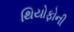
થિયોફોની